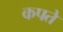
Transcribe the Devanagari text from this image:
कपते